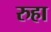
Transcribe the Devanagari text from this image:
रुहा